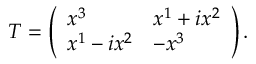
T = \left( \begin{array} { l l } { { x ^ { 3 } } } & { { x ^ { 1 } + i x ^ { 2 } } } \\ { { x ^ { 1 } - i x ^ { 2 } } } & { { - x ^ { 3 } } } \end{array} \right) .